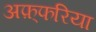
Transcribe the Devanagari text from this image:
अफ़्फरिया